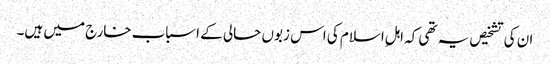
ان کی تشخیص یہ تھی کہ اہلِ اسلام کی اس زبوں حالی کے اسباب خارج میں ہیں۔